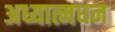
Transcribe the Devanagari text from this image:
अध्यात्मधन